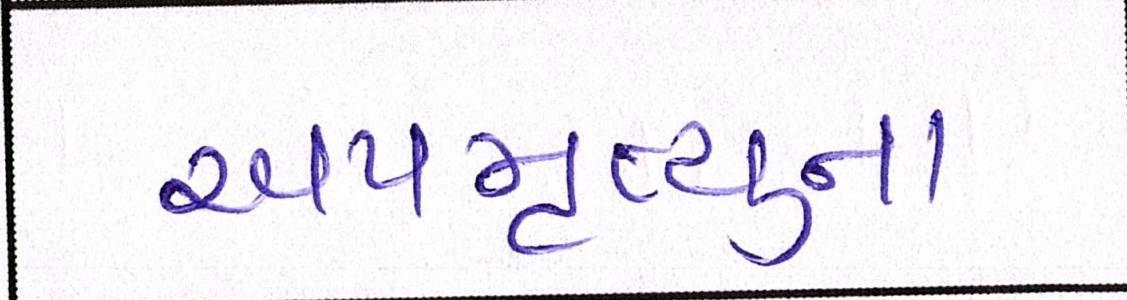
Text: અપમૃત્યુના